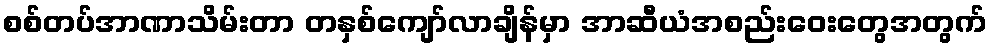
စစ်တပ်အာဏာသိမ်းတာ တနှစ်ကျော်လာချိန်မှာ အာဆီယံအစည်းဝေးတွေအတွက်